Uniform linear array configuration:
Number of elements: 24
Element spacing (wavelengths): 0.25
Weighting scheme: binomial
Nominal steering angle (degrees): -30
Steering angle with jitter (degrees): -29.48
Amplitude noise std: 0.05
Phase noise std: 0.05

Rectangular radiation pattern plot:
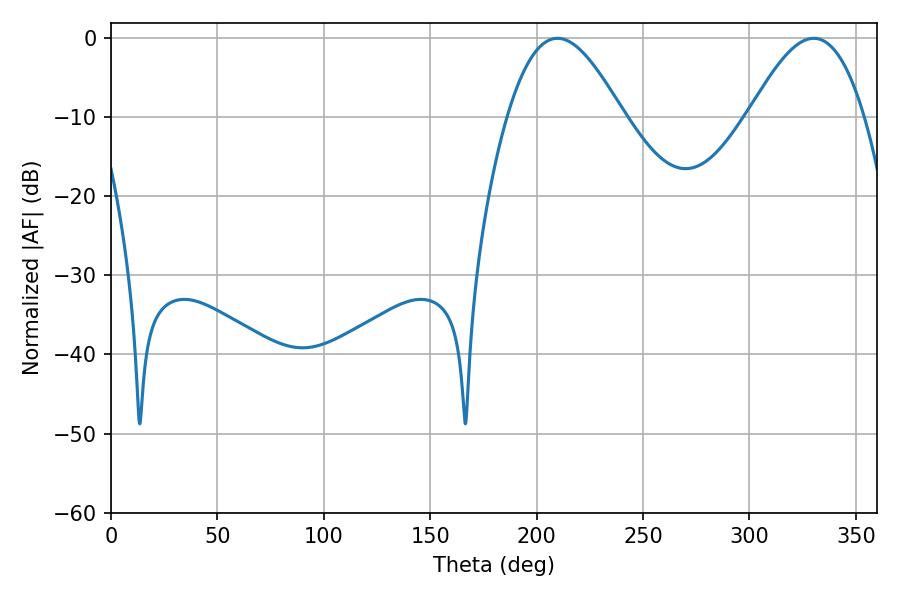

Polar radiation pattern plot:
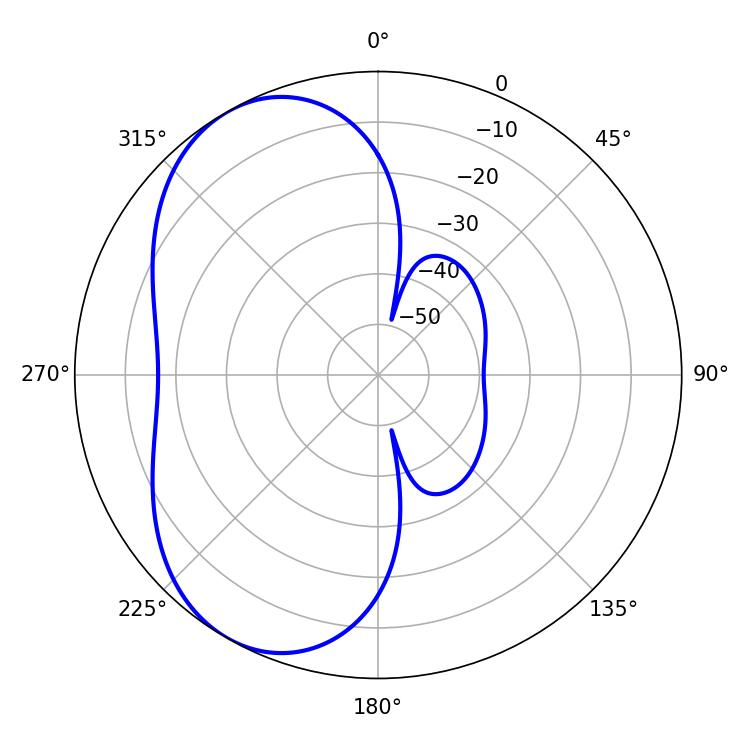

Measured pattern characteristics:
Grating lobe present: FALSE
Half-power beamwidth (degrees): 29.16
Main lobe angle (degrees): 209.88